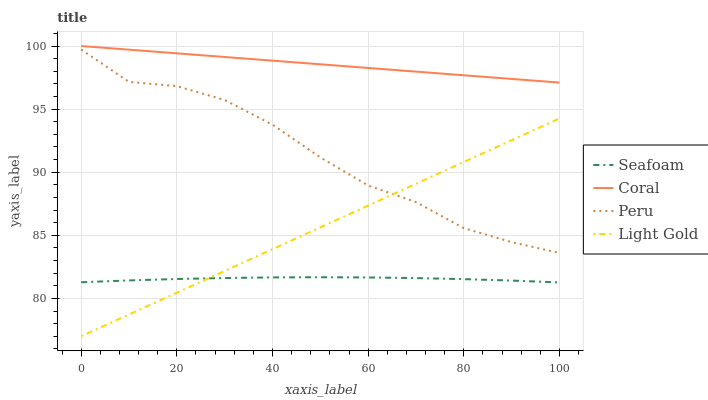
| xaxis_label | Seafoam | Coral | Peru | Light Gold |
 | --- | --- | --- | --- | --- |
 | 0 | 81.3 | 100 | 99.7 | 77 |
 | 10 | 81.4 | 99.7 | 97.2 | 78.7 |
 | 20 | 81.5 | 99.4 | 96.8 | 80.5 |
 | 30 | 81.6 | 99.1 | 95.7 | 82.2 |
 | 40 | 81.7 | 98.8 | 93.8 | 83.9 |
 | 50 | 81.7 | 98.6 | 91.2 | 85.6 |
 | 60 | 81.7 | 98.3 | 88.9 | 87.4 |
 | 70 | 81.6 | 98 | 87.6 | 89.1 |
 | 80 | 81.5 | 97.7 | 85.6 | 90.8 |
 | 90 | 81.4 | 97.4 | 84.5 | 92.5 |
 | 100 | 81.3 | 97.1 | 83.6 | 94.3 |